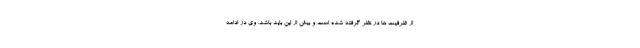
از ظرفیت ها در نظر گرفته شده است و بیش از این باید باشد. وی در ادامه